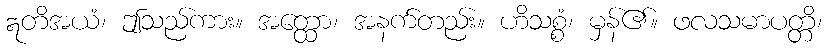
ဣတိအယံ၊ ဤသည်ကား။ အတ္ထော၊ အနက်တည်း။ ဟိသစ္စံ၊ မှန်၏။ ဖလသမာပတ္တိ၊